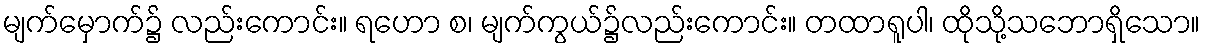
မျက်မှောက်၌ လည်းကောင်း။ ရဟော စ၊ မျက်ကွယ်၌လည်းကောင်း။ တထာရူပါ၊ ထိုသို့သဘောရှိသော။